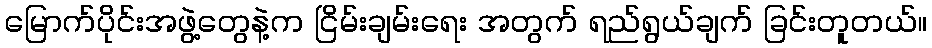
မြောက်ပိုင်းအဖွဲ့တွေနဲ့က ငြိမ်းချမ်းရေး အတွက် ရည်ရွယ်ချက် ခြင်းတူတယ်။